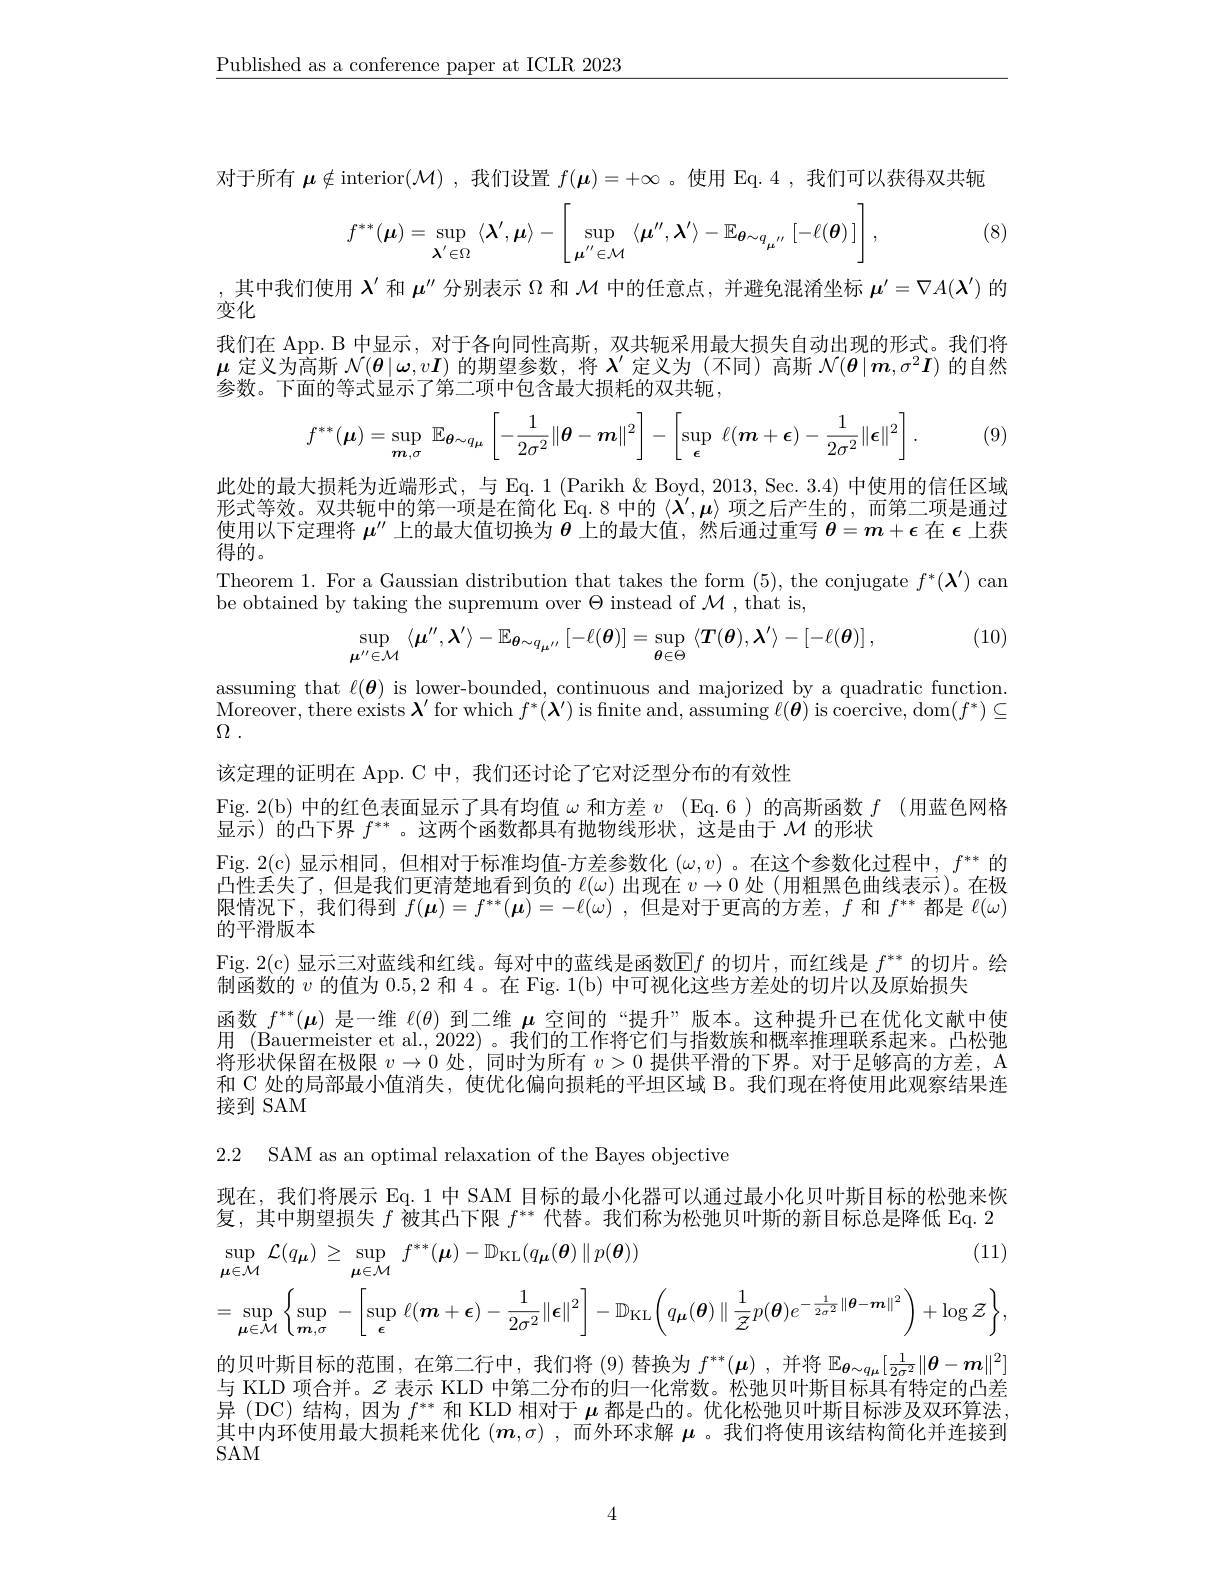
$\underline{\text{Published as a conference paper at ICLR 2023}}$

对于所有$\boldsymbol\mu\notin$interior$(\mathcal{M})$ ,我们设置$f(\boldsymbol{\mu})=+\infty$ 。使用 Eq.4 ,我们可以获得双共轭

(8)
$$f^{**}(\boldsymbol{\mu})=\sup\limits_{\boldsymbol{\lambda}^{'}\in\Omega}\langle\boldsymbol{\lambda}^{'},\boldsymbol{\mu}\rangle-\left[\sup\limits_{\boldsymbol{\mu}^{''}\in\mathcal{M}}\langle\boldsymbol{\mu}^{''},\boldsymbol{\lambda}^{'}\rangle-\mathbb{E}_{\boldsymbol{\theta}\sim q_{\boldsymbol{\mu}^{''}}}[-\ell(\boldsymbol{\theta})\:]\right],$$
,其中我们使用$\lambda^{\prime}$和$\mu^{\prime\prime}$分别表示$\Omega$和$\mathcal{M}$中的任意点，并避免混淆坐标$\boldsymbol\mu^{\prime}=\nabla A(\boldsymbol{\lambda}^{\prime})$的
变化
我们在 App. B 中显示 , 对于各向同性高斯，双共轭采用最大损失自动出现的形式。我们将$\boldsymbol{\mu}$定义为高斯$\mathcal{N}(\boldsymbol{\theta}|\boldsymbol{\omega},v\boldsymbol{I})$的期望参数，将$\lambda^\prime$定义为 (不同) 高斯$\mathcal{N}(\boldsymbol{\theta}|\boldsymbol{m},\sigma^2\boldsymbol{I})$的自然参数。下面的等式显示了第二项中包含最大损耗的双共轭，

(9)
$$f^{**}(\boldsymbol{\mu})=\sup\limits_{\boldsymbol{m},\sigma}\mathbb{E}_{\boldsymbol{\theta}\sim q_{\mu}}\left[-\frac{1}{2\sigma^2}\|\boldsymbol{\theta}-\boldsymbol{m}\|^2\right]-\left[\sup\limits_{\boldsymbol{\epsilon}}\:\ell(\boldsymbol{m}+\boldsymbol{\epsilon})-\frac{1}{2\sigma^2}\|\boldsymbol{\epsilon}\|^2\right].$$
此处的最大损耗为近端形式，与 Eq. 1 (Parikh & Boyd, 2013, Sec. 3.4) 中使用的信任区域形式等效。双共轭中的第一项是在简化 Eq.8 中的$\langle\boldsymbol{\lambda}^\prime,\boldsymbol{\mu}\rangle$项之后产生的，而第二项是通过使用以下定理将$\mu^\mathrm{\iota\prime}$上的最大值切换为$\boldsymbol{\theta}$上的最大值，然后通过重写$\boldsymbol{\theta}=\boldsymbol{m}+\epsilon$在$\epsilon$上获得的。
Theorem 1. For a Gaussian distribution that takes the form (5), the conjugate $f^*(\boldsymbol{\lambda}^{\prime})$ can
be obtained by taking the supremum over $\Theta$ instead of $\mathcal{M}$,that is,

(10)
$$\sup_{\boldsymbol{\mu}^{\prime\prime}\in\mathcal{M}}\:\langle\boldsymbol{\mu}^{\prime\prime},\boldsymbol{\lambda}^{\prime}\rangle-\mathbb{E}_{\boldsymbol{\theta}\sim q_{\boldsymbol{\mu}^{\prime\prime}}}\:[-\ell(\boldsymbol{\theta})]=\sup_{\boldsymbol{\theta}\in\Theta}\:\langle\boldsymbol{T}(\boldsymbol{\theta}),\boldsymbol{\lambda}^{\prime}\rangle-[-\ell(\boldsymbol{\theta})]\:,$$
assuming that $\ell(\boldsymbol{\theta})$ is lower-bounded, continuous and majorized by a quadratic function $\underset{\mathrm{O}}{\operatorname*{\text{Moreover, there exists }}}{\boldsymbol{\lambda}^{\prime}}$for which $f^*(\boldsymbol{\lambda}^{\prime})$ is finite and, assuming $\ell(\boldsymbol{\theta})$ is coercive, dom$(f^*)\subseteq$ $\Omega$ .

该定理的证明在 App. C 中，我们还讨论了它对泛型分布的有效性
Fig. 2(b) 中的红色表面显示了具有均值$\omega$和方差$v$ (Eq.6) 的高斯函数$f$ (用蓝色网格
显示)的凸下界$f^{**}$ 。这两个函数都具有抛物线形状，这是由于$\mathcal{M}$的形状
Fig. 2( c) 显 示 相 同 , 但 相 对 于 标 准 均 值 - 方 差 参 数 化 $( \omega , v)$ 。在 这 个 参 数 化 过 程 中 , $f^{* * }$ 的 时 间 一 处 了 ( $a)$ 凸性丢失了，但是我们更清楚地看到负的$\ell(\omega)$出现在$v\to0$处 (用粗黑色曲线表示)。在极限情况下，我们得到$f( \boldsymbol{\mu }) = f^{* * }( \boldsymbol{\mu }) = - \ell ( \omega )$ ,但是对于更高的方差，$f$和$f^**$都是$\ell(\omega)$ 的平滑版本
Fig. 2(c) 显示三对蓝线和红线。每对中的蓝线是函数$\mathbb{E}f$的切片，而红线是$f^**$的切片。绘
制函数的$v$的值为0.5,2和 4 。在 Fig. 1(b) 中可视化这些方差处的切片以及原始损失
函数$f^{**}(\boldsymbol{\mu})$是一维$\ell(\theta)$到二维$\mu$空间的“提升”版本。这种提升已在优化文献中使用 (Bauermeister et al., 2022) 。我们的工作将它们与指数族和概率推理联系起来。凸松弛将形状保留在极限$v\to0$处，同时为所有$v>0$提供平滑的下界。对于足够高的方差，A 和 C 处的局部最小值消失，使优化偏向损耗的平坦区域 B。我们现在将使用此观察结果连接到 SAM

2.2 SAM as an optimal relaxation of the Bayes objective

现在，我们将展示 Eq. 1 中 SAM 目标的最小化器可以通过最小化贝叶斯目标的松弛来恢复，其中期望损失$f$被其凸下限$f^{**}$代替。我们称为松弛贝叶斯的新目标总是降低 Eq.2
$$\sup_{\boldsymbol{\mu}\in\mathcal{M}}\mathcal{L}(q_{\boldsymbol{\mu}})\geq\sup_{\boldsymbol{\mu}\in\mathcal{M}}f^{**}(\boldsymbol{\mu})-\mathbb{D}_{\mathrm{KL}}(q_{\boldsymbol{\mu}}(\boldsymbol{\theta})\parallel p(\boldsymbol{\theta}))\text{(11)}\\=\sup_{\boldsymbol{\mu}\in\mathcal{M}}\left\{\sup_{\boldsymbol{m},\sigma}-\left[\sup_{\boldsymbol{\epsilon}}\ell(\boldsymbol{m}+\boldsymbol{\epsilon})-\frac{1}{2\sigma^{2}}\|\boldsymbol{\epsilon}\|^{2}\right]-\mathbb{D}_{\mathrm{KL}}\left(q_{\boldsymbol{\mu}}(\boldsymbol{\theta})\parallel\frac{1}{\mathcal{Z}}p(\boldsymbol{\theta})e^{-\frac{1}{2\sigma^{2}}\|\boldsymbol{\theta}-\boldsymbol{m}\|^{2}}\right)+\log\mathcal{Z}\right\},$$
的贝叶斯目标的范围，在第二行中，我们将 (9) 替换为$f^{* * }( \boldsymbol{\mu })$ , 并将$\mathbb{E}_{\boldsymbol{\theta}\sim q_{\mu}}[\frac1{2\sigma^2}\|\boldsymbol{\theta}-\boldsymbol{m}\|^2]$ 与 KLD 项合并。$z$表示 KLD 中第二分布的归一化常数。松弛贝叶斯目标具有特定的凸差异 (DC)结构，因为$f^**$和 KLD 相对于$\mu$都是凸的。优化松弛贝叶斯目标涉及双环算法其中内环使用最大损耗来优化$(\boldsymbol{m},\sigma)$ ,而外环求解$\boldsymbol{\mu}$ 。我们将使用该结构简化并连接到SAM

4